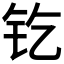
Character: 𨰿